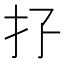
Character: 𢩯